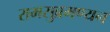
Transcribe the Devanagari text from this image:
रामसुब्रमण्यन